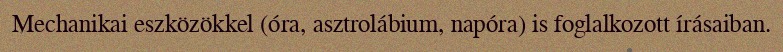
Mechanikai eszközökkel (óra, asztrolábium, napóra) is foglalkozott írásaiban.